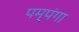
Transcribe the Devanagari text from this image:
पम्पंगा